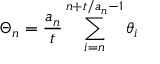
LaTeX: \Theta _ { n } = { \frac { a _ { n } } { t } } \sum _ { i = n } ^ { n + t / a _ { n } - 1 } \theta _ { i }